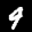
Label: 9